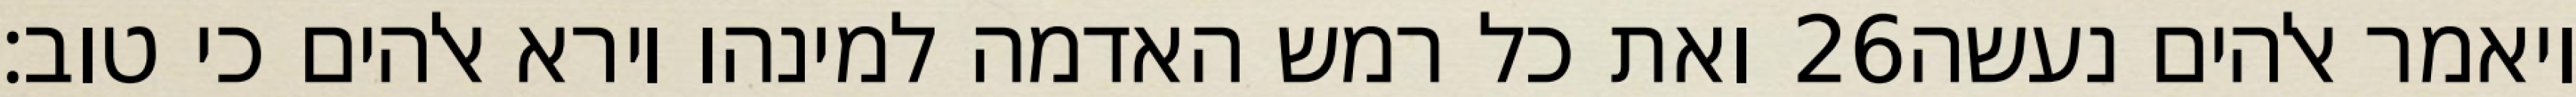
ואת כל רמש האדמה למינהו וירא אלהים כי טוב׃ ‎26‏ ויאמר אלהים נעשה